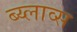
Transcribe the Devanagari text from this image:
ब्य्लाव्स